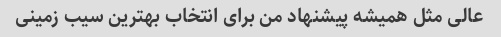
عالی مثل همیشه پیشنهاد من برای انتخاب بهترین سیب زمینی